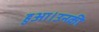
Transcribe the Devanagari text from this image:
हुआ।उनकी